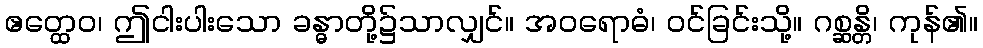
ဧတ္ထေဝ၊ ဤငါးပါးသော ခန္ဓာတို့၌သာလျှင်။ အဝရောဓံ၊ ဝင်ခြင်းသို့။ ဂစ္ဆန္တိ၊ ကုန်၏။